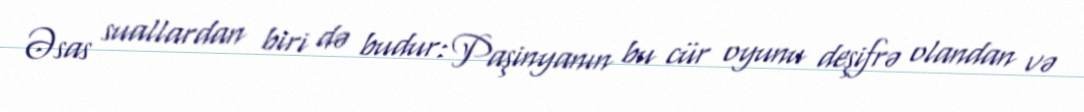
Əsas suallardan biri də budur: Paşinyanın bu cür oyunu deşifrə olandan və